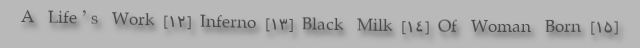
A Life’s Work [۱۲] Inferno [۱۳] Black Milk [۱۴] Of Woman Born [۱۵]